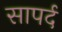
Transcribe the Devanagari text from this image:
सापर्द